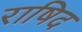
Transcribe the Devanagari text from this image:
राषिद